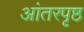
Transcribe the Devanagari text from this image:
आंतरपृष्ठ